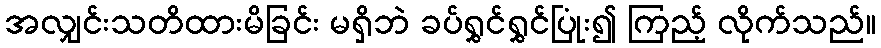
အလျှင်းသတိထားမိခြင်း မရှိဘဲ ခပ်ရွှင်ရွှင်ပြုံး၍ ကြည့် လိုက်သည်။